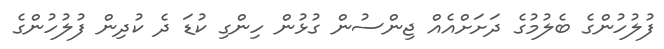
ފުލުހުންގެ ބެލުމުގެ ދަށަށްއެއް ޖިންސުން ގުޅުން ހިންގި ކުޑަ ދެ ކުދިން ފުލުހުންގެ